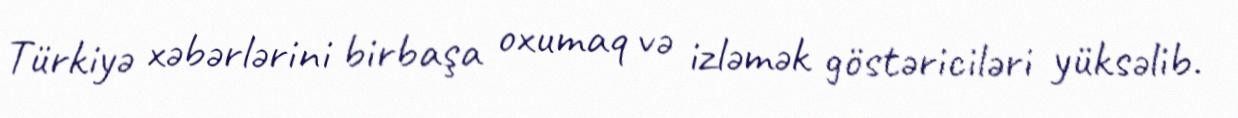
Türkiyə xəbərlərini birbaşa oxumaq və izləmək göstəriciləri yüksəlib.